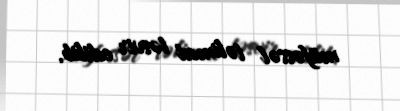
müfəssəl təlimat təsvir edilib.